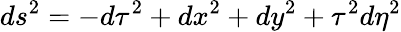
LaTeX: ds^{2}=-d\tau^{2}+dx^{2}+dy^{2}+\tau^{2}d\eta^{2}